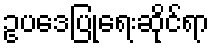
ဥပဒေပြုရေးဆိုင်ရာ